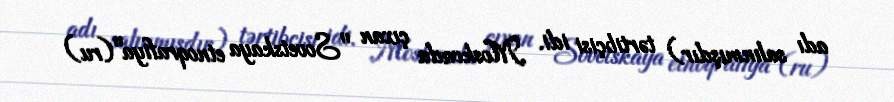
adı salınmışdır) tərtibçisi idi. Moskvada çıxan "Sovetskaya etnoqrafiya"(ru)